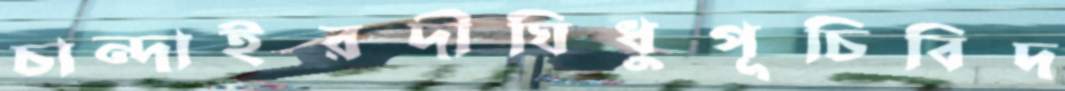
চান্দাইরদীঘিধুপূচিবিদ